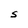
Character: S